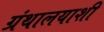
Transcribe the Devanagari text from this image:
ग्रंथालयाशी